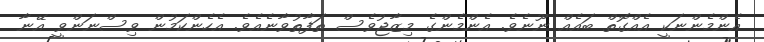
އެންމެންނަކީ އެއްގޮތް ބައެއް ނޫނެވެ. އެންމެންގެ މިޒާޖުވެސް ތަފާތުވާނެއެވެ. އެހެންކަމުން ވިސްނަންވީ އޭނާ